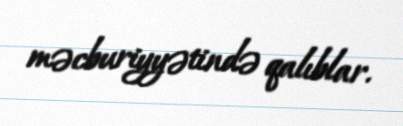
məcburiyyətində qalıblar.